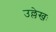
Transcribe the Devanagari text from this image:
उल्लेखः